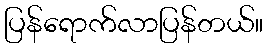
ပြန်ရောက်လာပြန်တယ်။